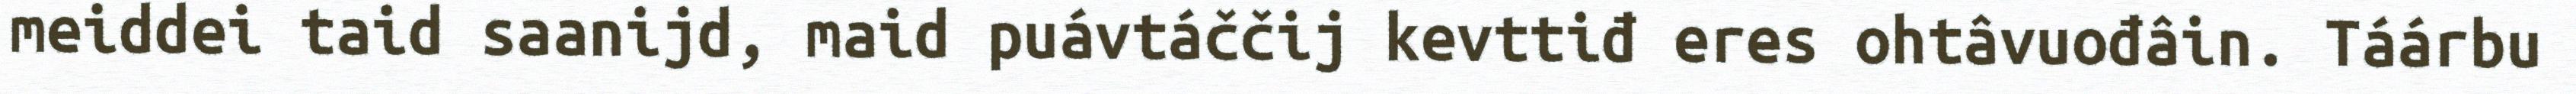
meiddei taid saanijd, maid puávtáččij kevttiđ eres ohtâvuođâin. Táárbu